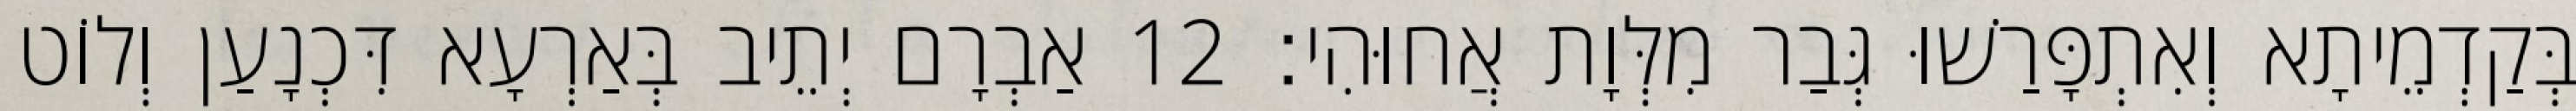
בְּקַדְמֵיתָא וְאִתְפָּרַשׁוּ גְּבַר מִלְּוָת אֲחוּהִי׃ 12 אַבְרָם יְתֵיב בְּאַרְעָא דִּכְנָעַן וְלוֹט